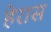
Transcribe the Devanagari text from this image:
हेरास